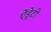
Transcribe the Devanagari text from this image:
ऐंड्रेटी